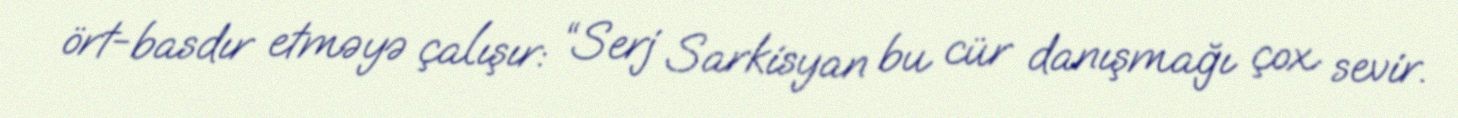
ört-basdır etməyə çalışır: “Serj Sarkisyan bu cür danışmağı çox sevir.